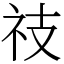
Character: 䃽